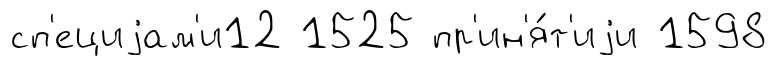
сп'ециjам'и12 1525 пр'ин'я́т'иjи 1598